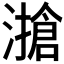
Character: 𰝔